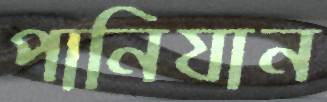
পানিযান